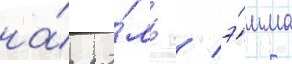
на́ ро́ль / э́мма